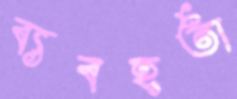
ব্যবহর্তা